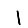
Digit: 1